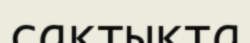
сақтықта